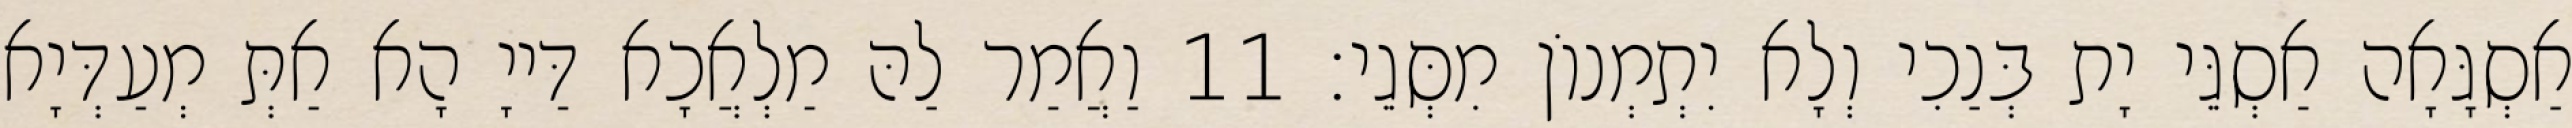
אַסְגָּאָה אַסְגֵּי יָת בְּנַכִי וְלָא יִתְמְנוֹן מִסְּגֵי׃ 11 וַאֲמַר לַהּ מַלְאֲכָא דַּייָ הָא אַתְּ מְעַדְּיָא